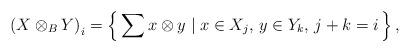
LaTeX: \begin{align*}\left(X\otimes_{B}Y\right)_{i}=\left\{\, \sum x\otimes y \mid x\in X_{j},\, y\in Y_{k},\, j+k=i \,\right\},\end{align*}